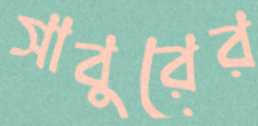
সাবুরের